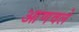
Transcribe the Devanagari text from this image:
आणवले